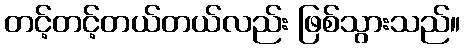
တင့်တင့်တယ်တယ်လည်း ဖြစ်သွားသည်။